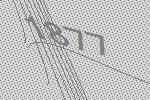
1877